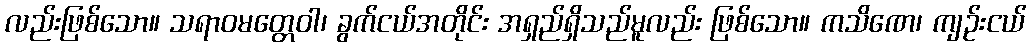
လည်းဖြစ်သော။ သရာဝမတ္တေဝါ၊ ခွက်ငယ်အတိုင်း အရှည်ရှိသည်မူလည်း ဖြစ်သော။ ကသိဏေ၊ ကျဉ်းငယ်